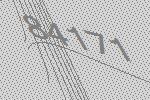
84171